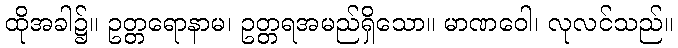
ထိုအခါ၌။ ဥတ္တရောနာမ၊ ဥတ္တရအမည်ရှိသော။ မာဏဝေါ၊ လုလင်သည်။